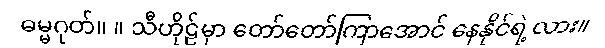
ဓမ္မဂုတ်။ ။ သီဟိုဠ်မှာ တော်တော်ကြာအောင် နေနိုင်ရဲ့လား။